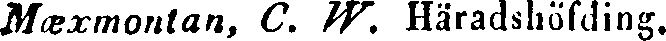
Mæxmontan, C. W. Häradshöfding.